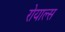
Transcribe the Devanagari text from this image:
रोयाल्स